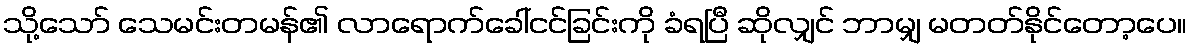
သို့သော် သေမင်းတမန်၏ လာရောက်ခေါ်ငင်ခြင်းကို ခံရပြီ ဆိုလျှင် ဘာမျှ မတတ်နိုင်တော့ပေ။